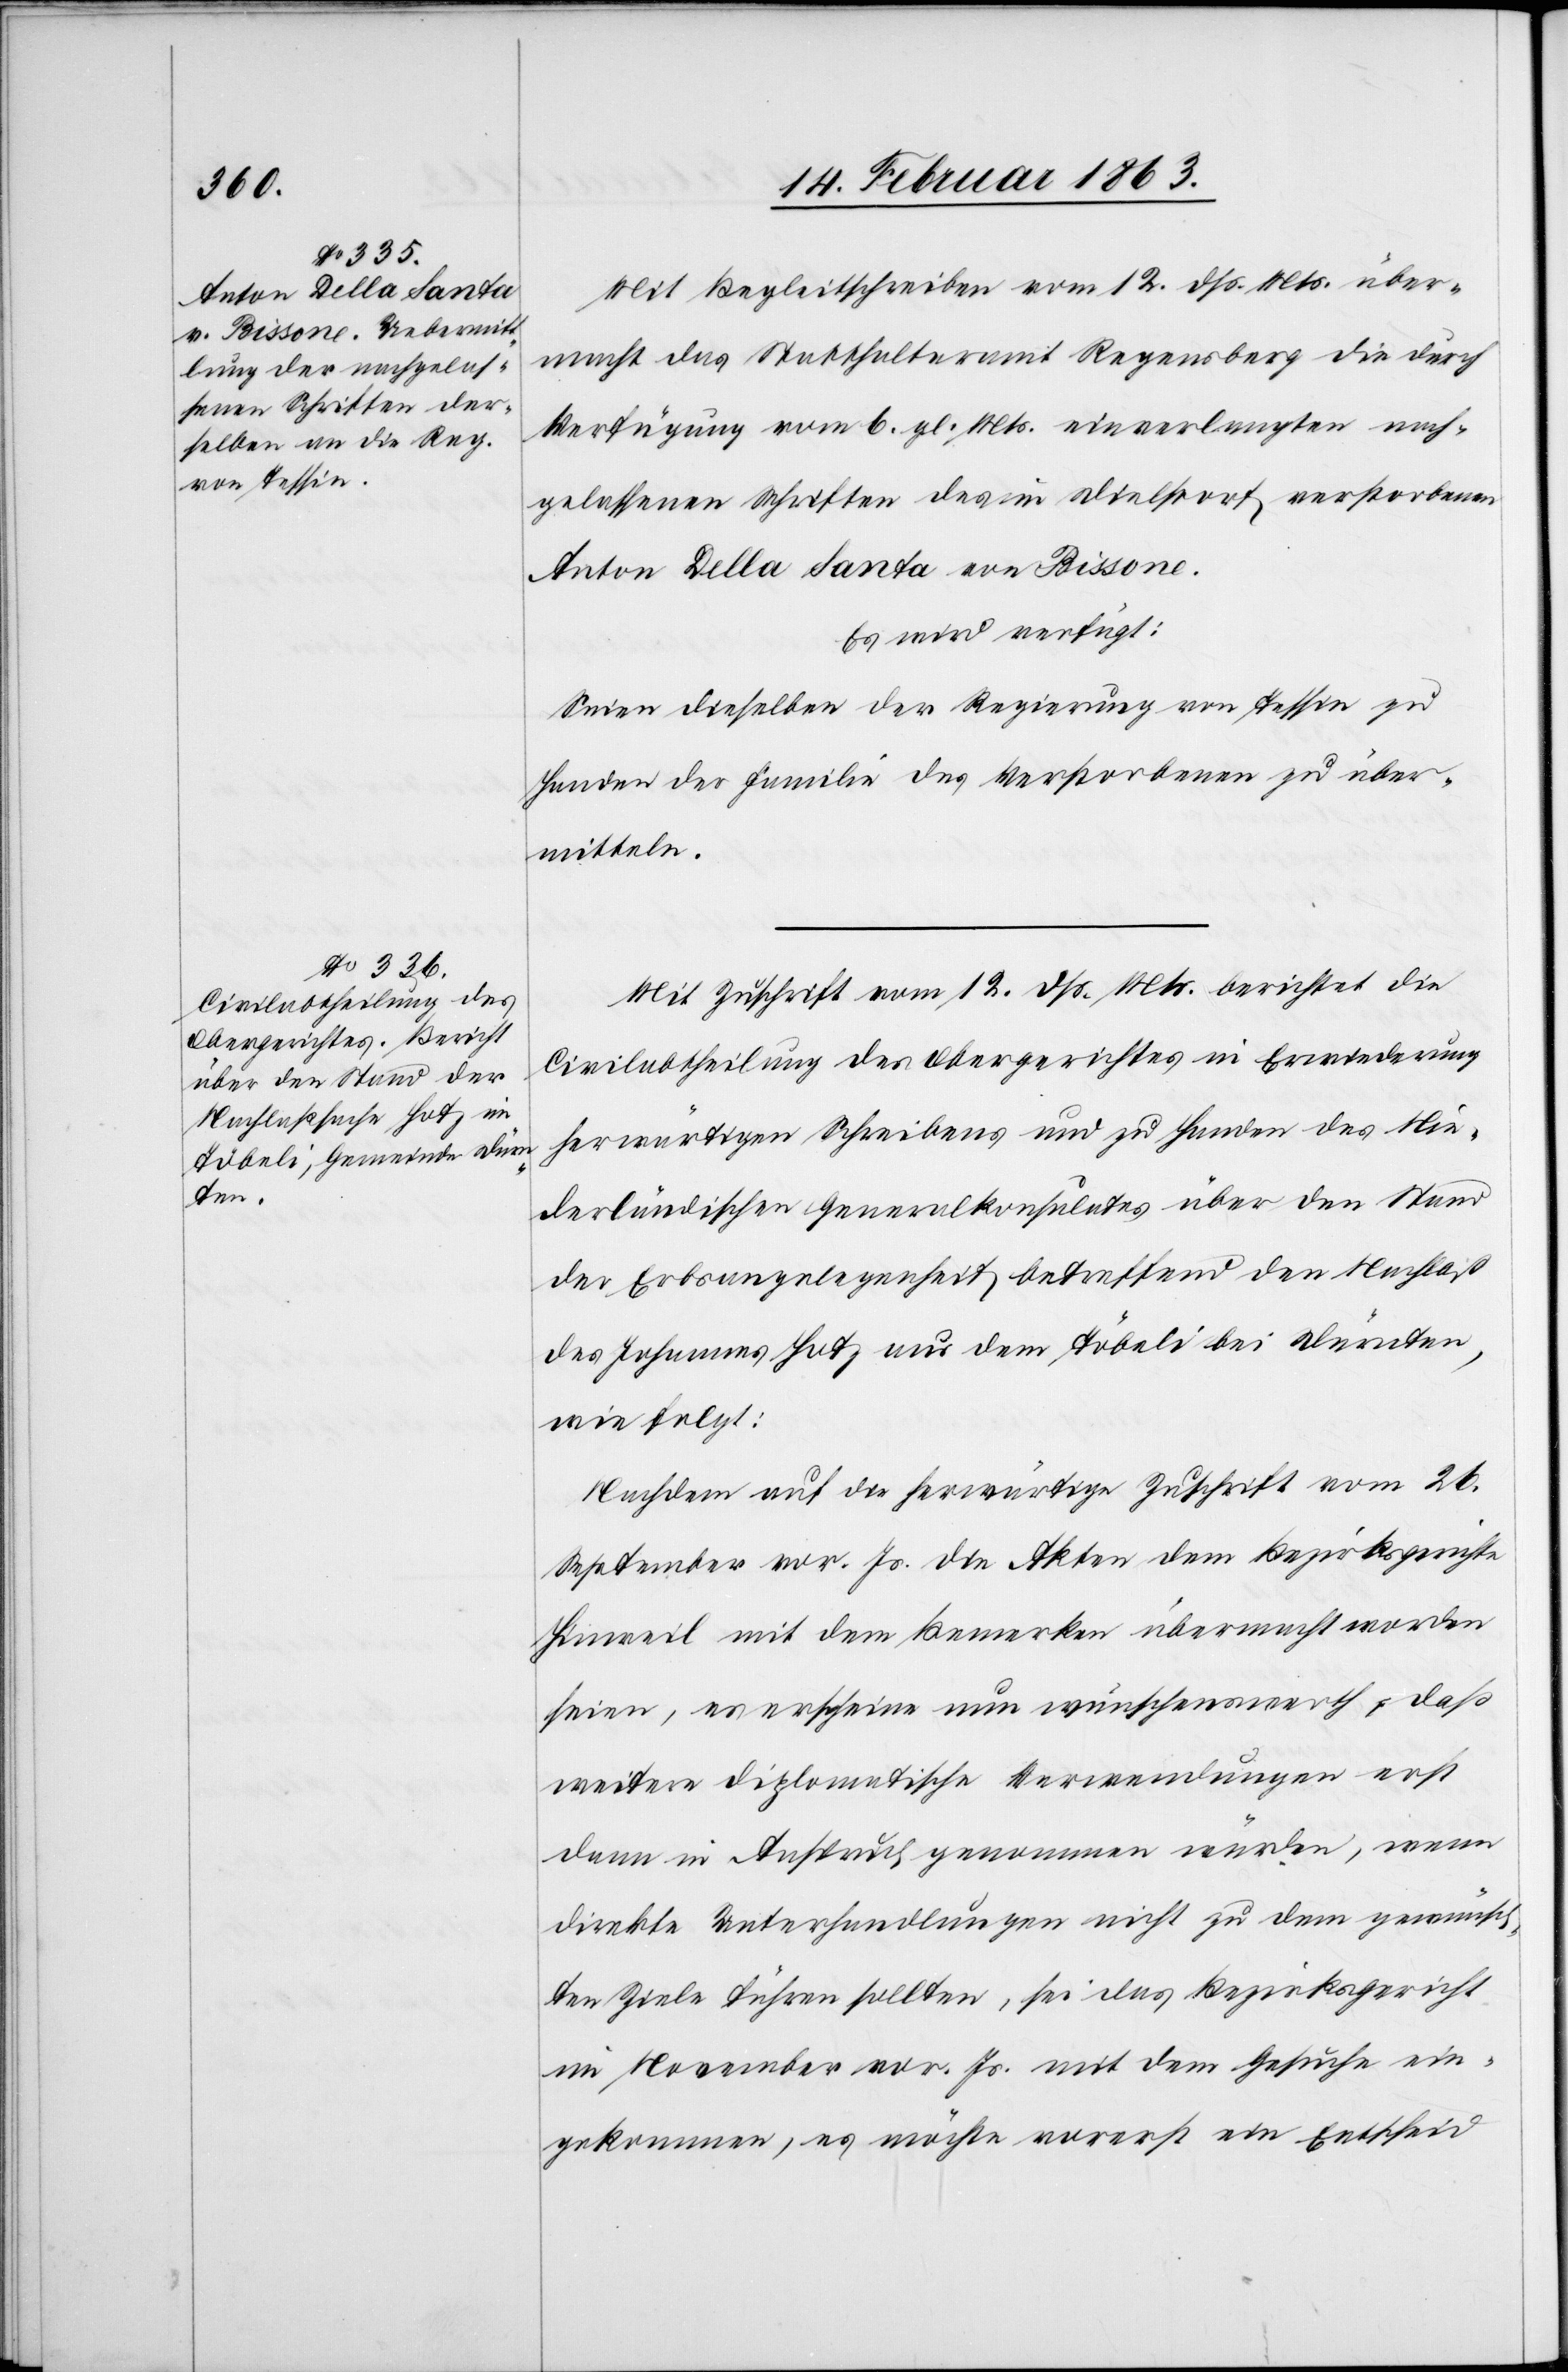
14. Februar 1863.]
Mit Begleitschreiben vom 12. dß. Mts. über¬
macht das Statthalteramt Regensberg die durch
Verfügung vom 6. gl. Mts. einverlangten nach¬
gelassenen Schriften des in Dielstorf verstorbenen
Anton Della Santa von Bissone.
Es wird verfügt:
Seien dieselben der Regierung von Tessin zu
Handen der Familie des Verstorbenen zu über¬
mitteln.
Mit Zuschrift vom 12. dß. Mts. berichtet die
Civilabtheilung des Obergerichtes in Erwiederung
herwärtigen Schreibens und zu Handen des Nie¬
derländischen Generalkonsulates über den Stand
der Erbsangelegenheit betreffend den Nachlaß
des Johannes Hotz aus dem Töbeli bei Dürnten,
wie folgt:
Nachdem auf die herwärtige Zuschrift vom 26.
September vor. Js. die Akten dem Bezirksgerichte
Hinweil mit dem Bemerken übermacht worden
seien, es erscheine nun wünschenswerth, daß
weitere diplomatische Verwendungen erst
dann in Anspruch genommen würden, wenn
direkte Unterhandlungen nicht zu dem gewünsch¬
ten Ziele führen sollten, sei das Bezirksgericht
im November vor. Js. mit dem Gesuche ein¬
gekommen, es möchte vorerst ein Entscheid